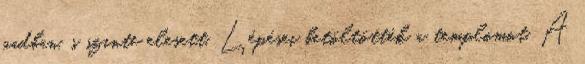
padban, s szinte elesett. Lépései betöltötték a templomot. A